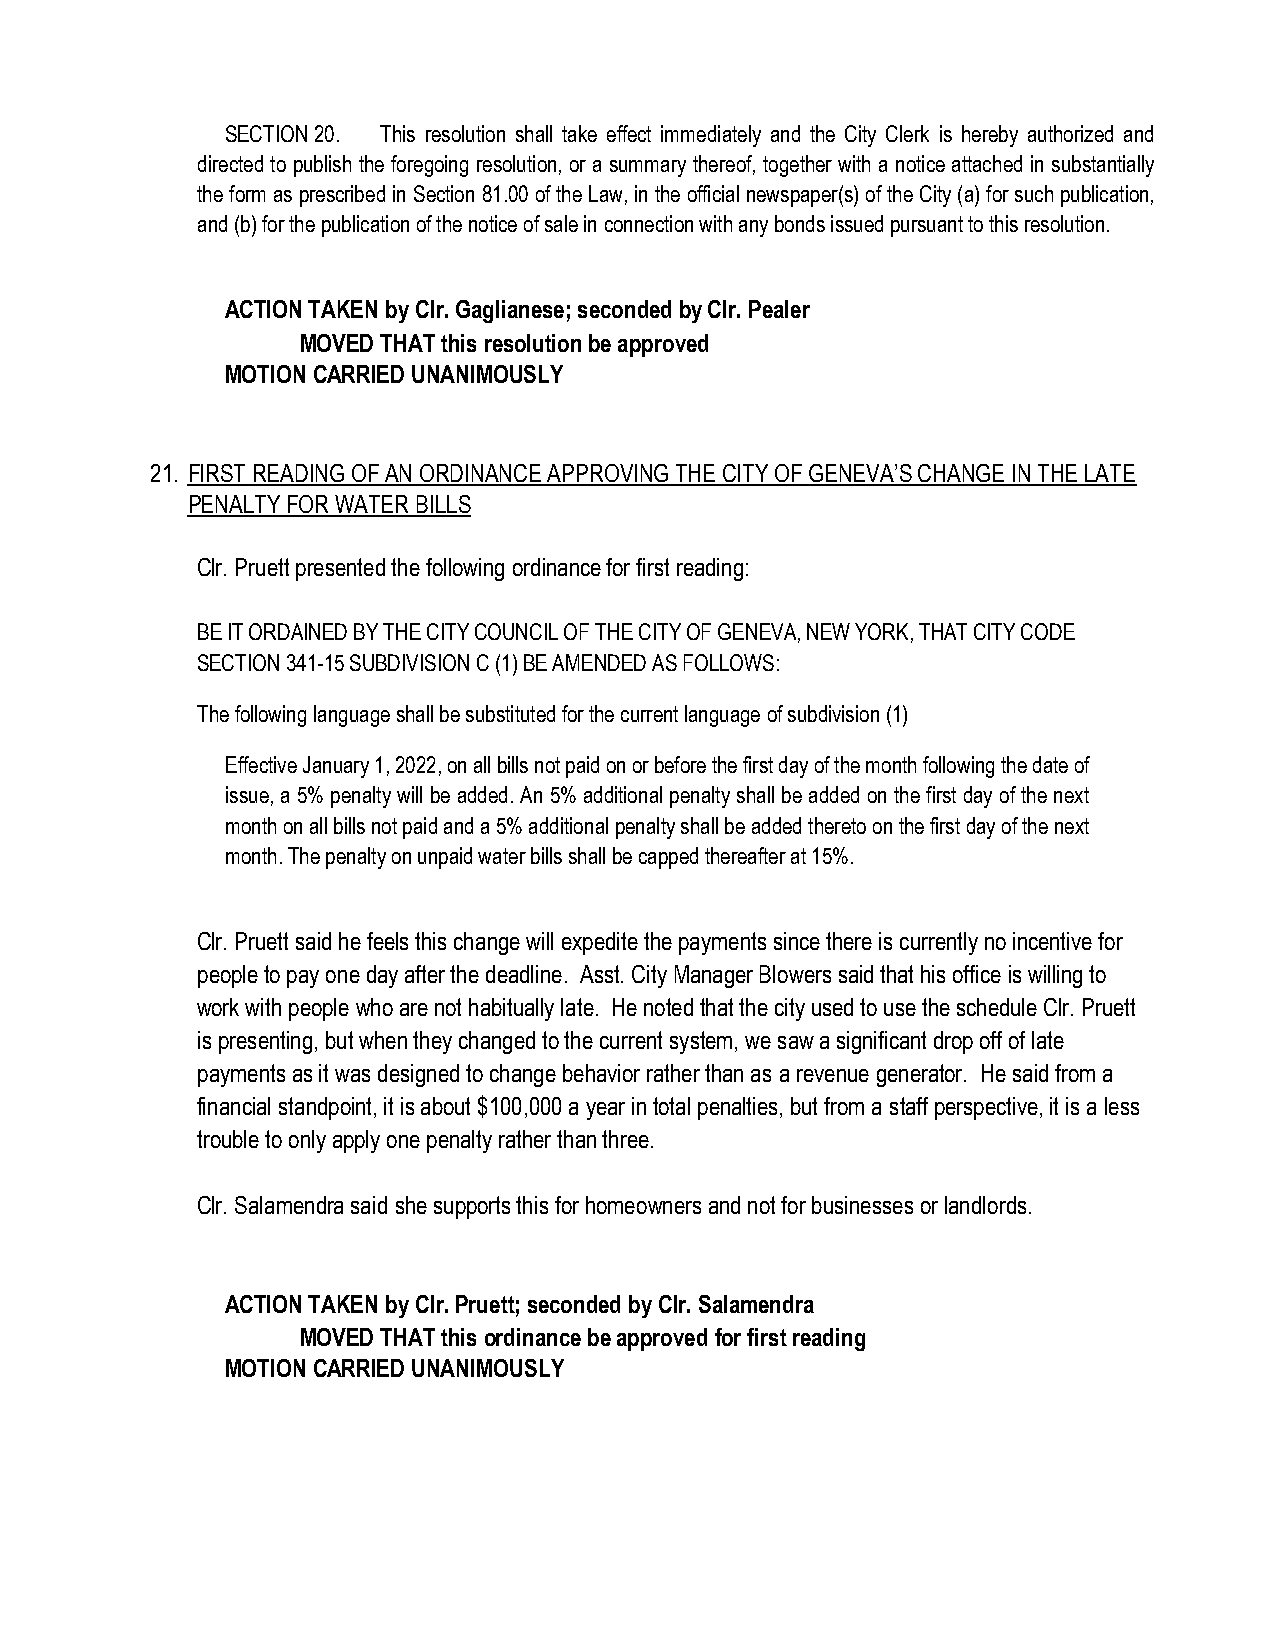
SECTION 20. This resolution shall take effect immediately and the City Clerk is hereby authorized and
 directed to publish the foregoing resolution, or a summary thereof, together with a notice attached in substantially
 the form as prescribed in Section 81.00 of the Law, in the official newspaper(s) of the City (a) for such publication,
 and (b) for the publication of the notice of sale in connection with any bonds issued pursuant to this resolution.
 ACTION TAKEN by Clr. Gaglianese; seconded by Clr. Pealer
 MOVED THAT this resolution be approved
 MOTION CARRIED UNANIMOUSLY
 21. FIRST READING OF AN ORDINANCE APPROVING THE CITY OF GENEVA’S CHANGE IN THE LATE
 PENALTY FOR WATER BILLS
 Clr. Pruett presented the following ordinance for first reading:
 BE IT ORDAINED BY THE CITY COUNCIL OF THE CITY OF GENEVA, NEW YORK, THAT CITY CODE
 SECTION 341-15 SUBDIVISION C (1) BE AMENDED AS FOLLOWS:
 The following language shall be substituted for the current language of subdivision (1)
 Effective January 1, 2022, on all bills not paid on or before the first day of the month following the date of
 issue, a 5% penalty will be added. An 5% additional penalty shall be added on the first day of the next
 month on all bills not paid and a 5% additional penalty shall be added thereto on the first day of the next
 month. The penalty on unpaid water bills shall be capped thereafter at 15%.
 Clr. Pruett said he feels this change will expedite the payments since there is currently no incentive for
 people to pay one day after the deadline. Asst. City Manager Blowers said that his office is willing to
 work with people who are not habitually late. He noted that the city used to use the schedule Clr. Pruett
 is presenting, but when they changed to the current system, we saw a significant drop off of late
 payments as it was designed to change behavior rather than as a revenue generator. He said from a
 financial standpoint, it is about $100,000 a year in total penalties, but from a staff perspective, it is a less
 trouble to only apply one penalty rather than three.
 Clr. Salamendra said she supports this for homeowners and not for businesses or landlords.
 ACTION TAKEN by Clr. Pruett; seconded by Clr. Salamendra
 MOVED THAT this ordinance be approved for first reading
 MOTION CARRIED UNANIMOUSLY